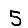
Digit: 5